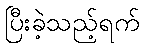
ပြီးခဲ့သည့်ရက်